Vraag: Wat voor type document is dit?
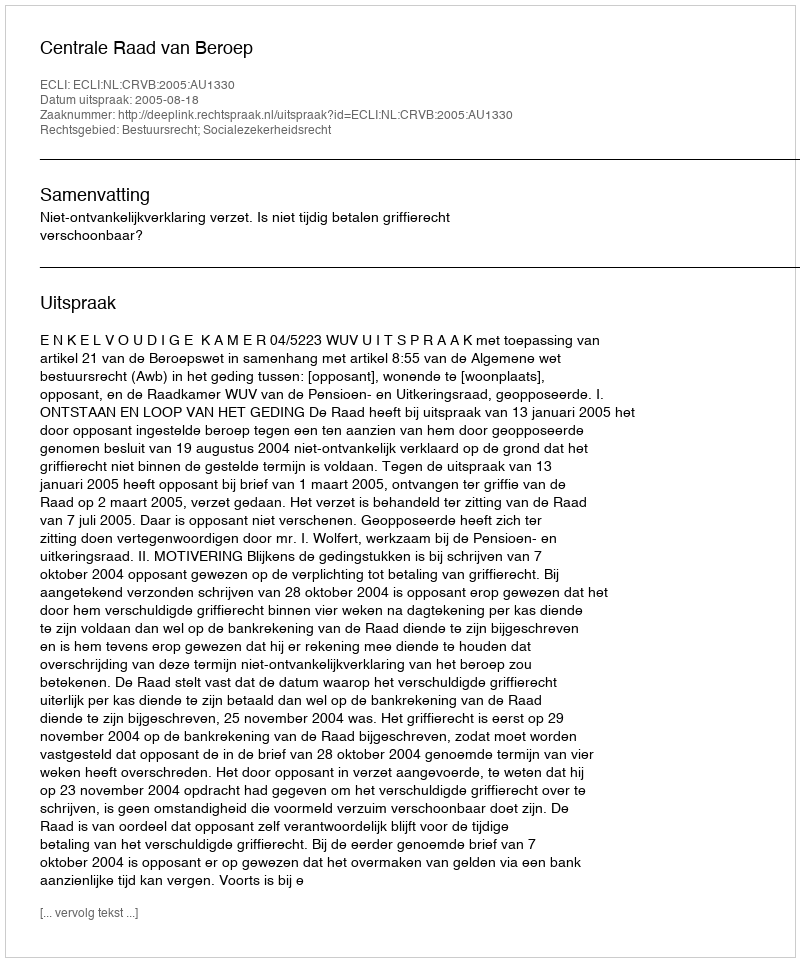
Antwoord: Uitspraak